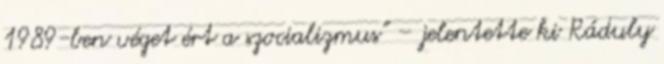
1989-ben véget ért a szocializmus” – jelentette ki Ráduly